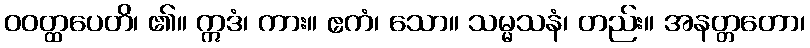
ဝဝတ္ထပေတိ၊ ၏။ ဣဒံ၊ ကား။ ဧကံ၊ သော။ သမ္မသနံ၊ တည်း။ အနတ္တတော၊